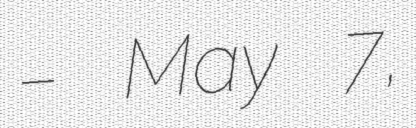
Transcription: – May 7,